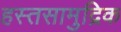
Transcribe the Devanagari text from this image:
हस्तसामुद्रिक